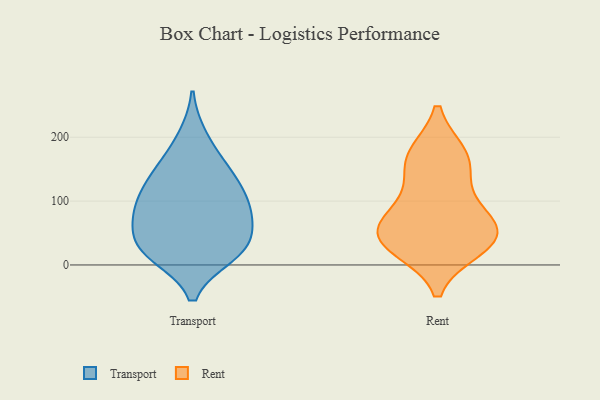
{"axis": {"x": "Production Output", "y": "Value"}, "legend": ["Rent", "Transport"], "data": [{"x": "", "y": 136, "type": "Transport"}, {"x": "", "y": 26, "type": "Transport"}, {"x": "", "y": 17, "type": "Transport"}, {"x": "", "y": 60, "type": "Transport"}, {"x": "", "y": 91, "type": "Transport"}, {"x": "", "y": 153, "type": "Transport"}, {"x": "", "y": 86, "type": "Transport"}, {"x": "", "y": 27, "type": "Transport"}, {"x": "", "y": 16, "type": "Transport"}, {"x": "", "y": 92, "type": "Transport"}, {"x": "", "y": 200, "type": "Transport"}, {"x": "", "y": 45, "type": "Transport"}, {"x": "", "y": 143, "type": "Transport"}, {"x": "", "y": 100, "type": "Transport"}, {"x": "", "y": 74, "type": "Rent"}, {"x": "", "y": 97, "type": "Rent"}, {"x": "", "y": 27, "type": "Rent"}, {"x": "", "y": 37, "type": "Rent"}, {"x": "", "y": 149, "type": "Rent"}, {"x": "", "y": 172, "type": "Rent"}, {"x": "", "y": 46, "type": "Rent"}, {"x": "", "y": 172, "type": "Rent"}, {"x": "", "y": 57, "type": "Rent"}, {"x": "", "y": 39, "type": "Rent"}]}